Indian Medical Review
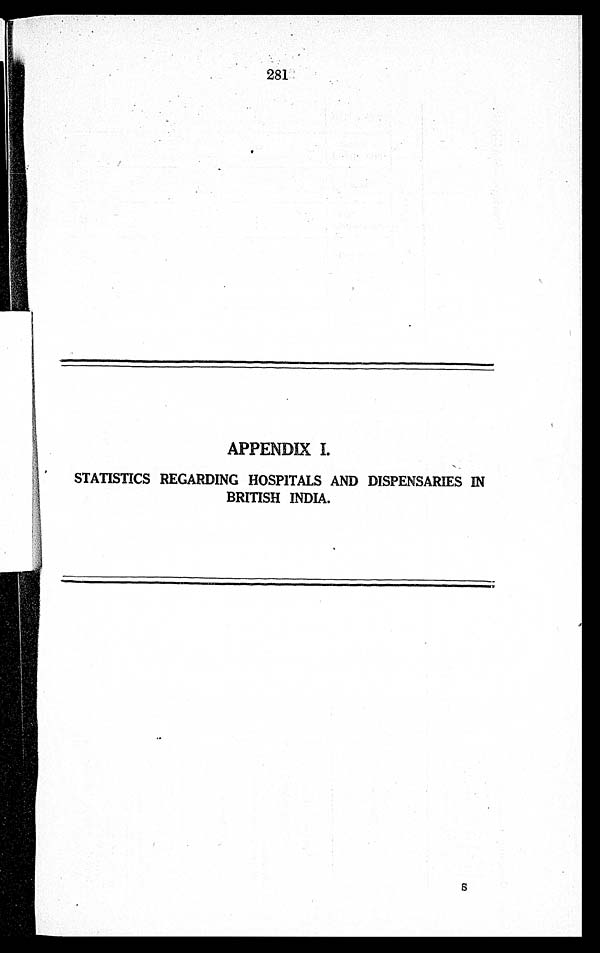
281
APPENDIX I .
STATISTICS REGARDING HOSPITALS AND DISPENSARIES IN
BRITISH INDIA.
S